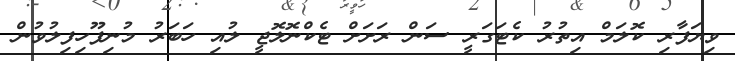
ވިޔަފާރި ކޮލަމް އިތުރު ކެޓަގަރީ ސަން ރަށަށް ޓެކްނޮލޮޖީ ލުއި ހަބަރު މުނިފޫހިފިލުވުން